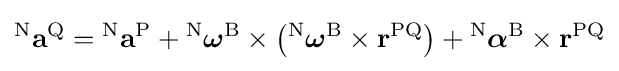
{}^{\mathrm {N} }\mathbf {a} ^{\mathrm {Q} }={}^{\mathrm {N} }\mathbf {a} ^{\mathrm {P} }+{}^{\mathrm {N} }{\boldsymbol {\omega }}^{\mathrm {B} }\times \left({}^{\mathrm {N} }{\boldsymbol {\omega }}^{\mathrm {B} }\times \mathbf {r} ^{\mathrm {PQ} }\right)+{}^{\mathrm {N} }{\boldsymbol {\alpha }}^{\mathrm {B} }\times \mathbf {r} ^{\mathrm {PQ} }